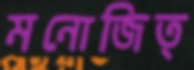
মনোজিত্